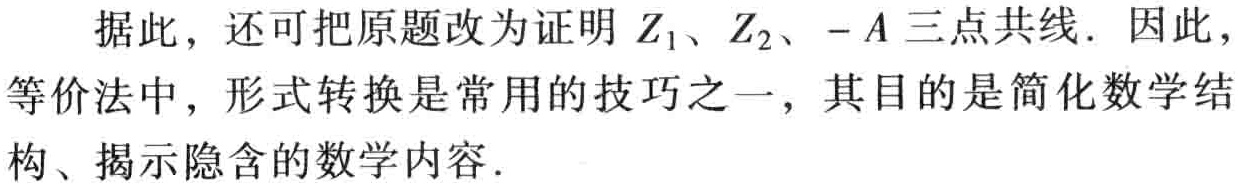
据此，还可把原题改为证明 \(Z_1\)、\(Z_2\)、\(-A\) 三点共线．因此，等价法中，形式转换是常用的技巧之一，其目的是简化数学结构、揭示隐含的数学内容．